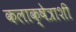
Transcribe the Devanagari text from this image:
कलाक्षेत्राशी